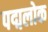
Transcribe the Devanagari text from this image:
पद्मलोक